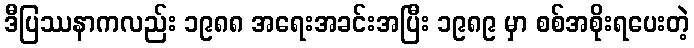
ဒီပြဿနာကလည်း ၁၉၈၈ အရေးအခင်းအပြီး ၁၉၈၉ မှာ စစ်အစိုးရပေးတဲ့